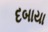
દબાયા